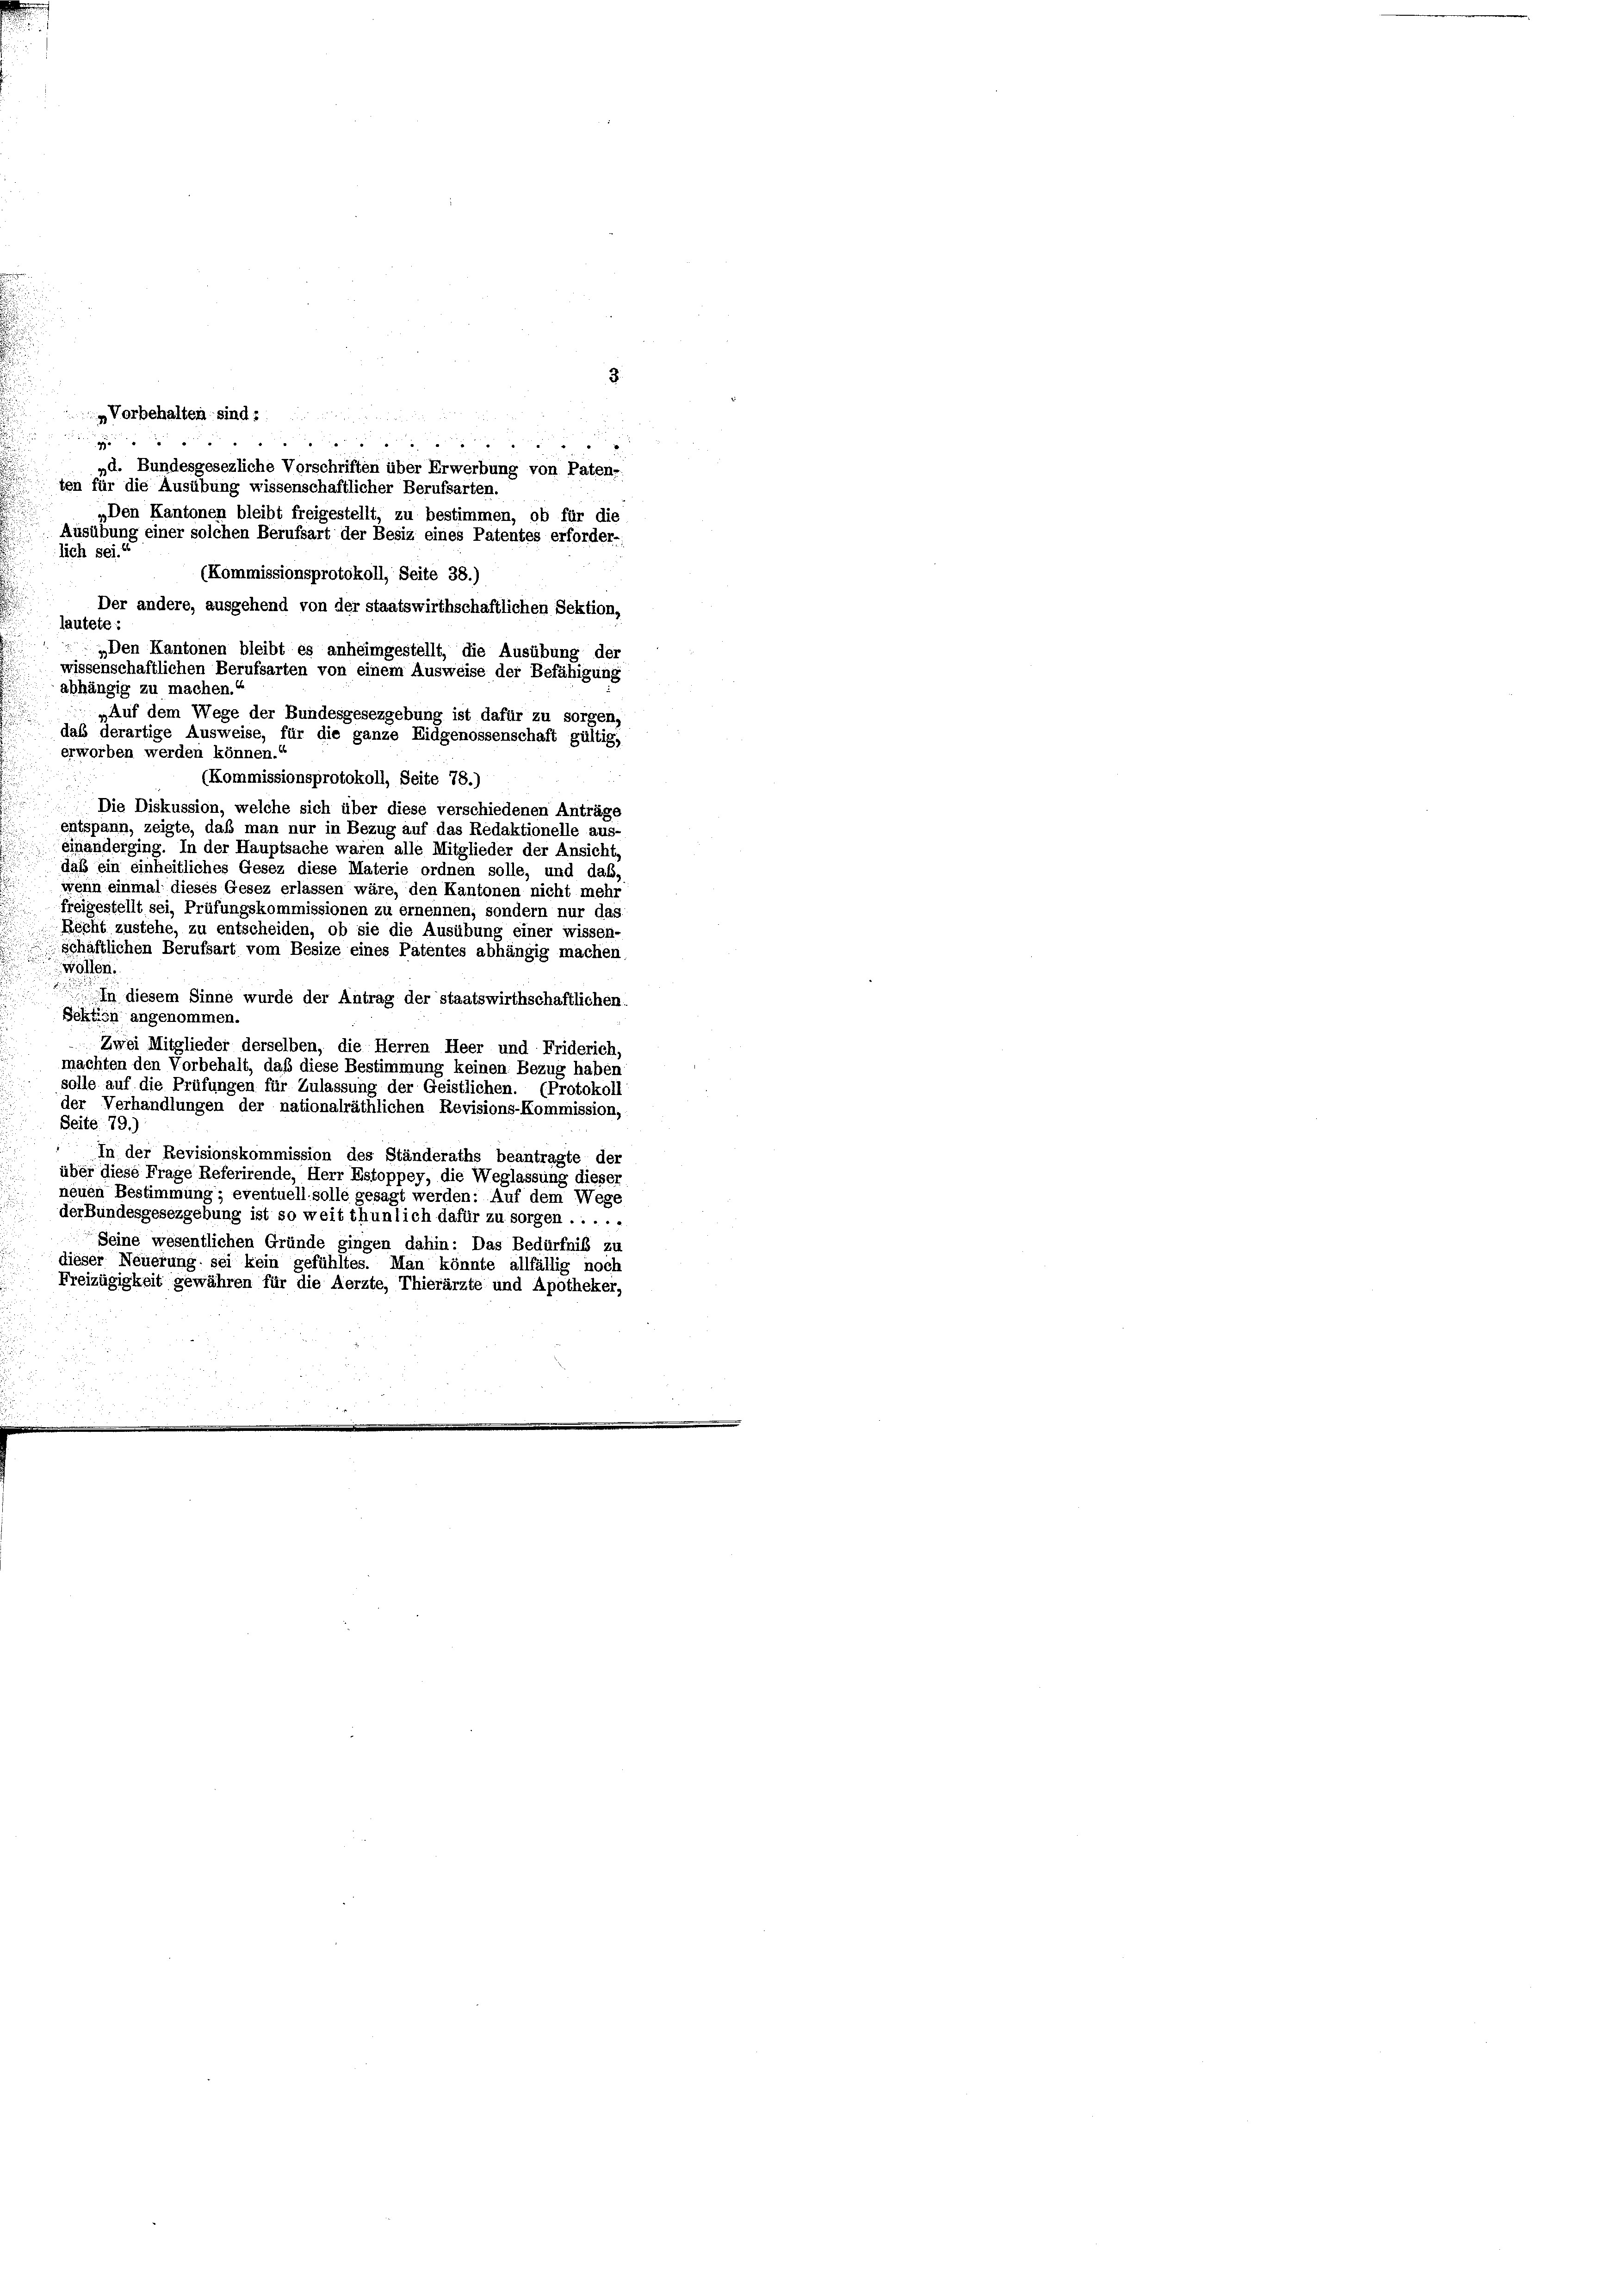
3
& Vorbehalten sind s

„d. Bundesgesezliche Vorschriften über Erwerbung von Paten-
ten für die Ausübung wissenschaftlicher Berufsarten.
„Den Kantonen bleibt freigestellt, zu bestimmen, ob für die
Ausübung einer solchen Berufsart der Besiz eines Patentes erforder-
lich sei.
(Kommissionsprotokoll, Seite 38.)
Der andere, ausgehend von der staatswirthschaftlichen Sektion,
lautete:
„Den Kantonen bleibt es anheimgestellt, die Ausübung der
wissenschaftlichen Berufsarten von einem Ausweise der Befähigung
abhängig zu machen.
„Auf dem Wege der Bundesgesezgebung ist dafür zu sorgen,
das derartige Ausweise, für die ganze Eidgenossenschaft gültig,
erworben werden können.“
(Kommissionsprotokoll, Seite 78.)
Die Diskussion, welche sich über diese verschiedenen Anträge
entspann, zeigte, daß man nur in Bezug auf das Redaktionelle aus-
einanderging. In der Hauptsache waren alle Mitglieder der Ansicht
daß ein einheitliches Gesez diese Materie ordnen solle, und das,
wenn einmal dieses Gesez erlassen wäre, den Kantonen nicht mehr
freigestellt sei, Prüfungskommissionen zu ernennen, sondern nur das
Recht zustehe, zu entscheiden, ob sie die Ausübung einer wissen-
schäftlichen Berufsart vom Besize eines Patentes abhängig machen
wollen.
n diesem Sinne wurde der Antrag der staatswirthschaftlichen.
Sektion angenommen.
Zwei Mitglieder derselben, die Herren Heer und Friderich
machten den Vorbehalt, daß diese Bestimmung keinen Bezug haben
solle auf die Prüfungen für Zulassung der Geistlichen. (Protokoll
der Verhandlungen der nationalräthlichen Revisions-Kommission,
Seite 79.)
In der Revisionskommission des Ständeraths beantragte der
über diese Frage Referirende, Herr Estoppey, die Weglassung dieser
neuen Bestimmung, eventuell solle gesagt werden: Auf dem Wege
derBundesgesezgebung ist so weit thunlich dafür zu sorgen .....
Seine wesentlichen Gründe gingen dahin: Das Bedürfnis zu
dieser Neuerung sei kein gefühltes. Man könnte allfällig noch
Freizügigkeit gewähren für die Aerzte, Thierärzte und Apotheker,

g